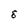
Character: 8